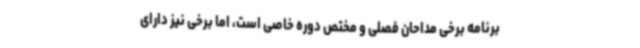
برنامه برخی مداحان فصلی و مختص دوره خاصی است، اما برخی نیز دارای